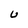
Character: U